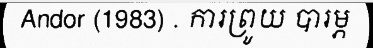
Andor (1983) . ការព្រូយ បារម្ភ